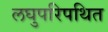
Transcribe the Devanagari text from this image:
लघुपरिपथित